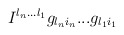
\begin{align*}I^{l_n ... l_1} g_{l_n i_n} ... g_{l_1 i_1}\end{align*}